Proceedings of the meeting of veterinary officers in India
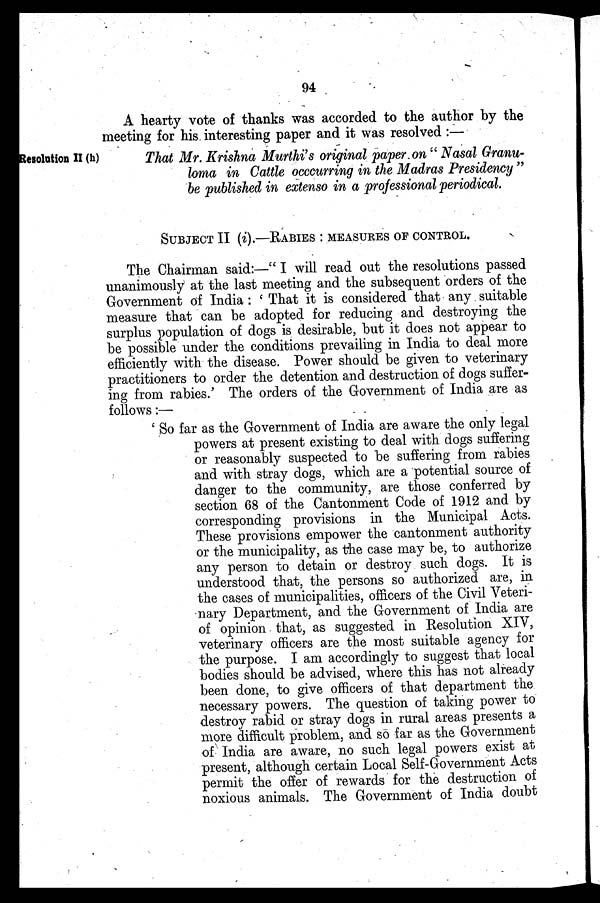
94
A hearty vote of thanks was accorded to the author by the
meeting for his interesting paper and it was resolved :—
Resolution II (h)
That Mr. Krishna Murthi's original paper on " Nasal Granu-
loma in Cattle occcurring in the Madras Presidency "
be published in extenso in a professional periodical.
SUBJECT II (i).-RABIES: MEASURES OF CONTROL.
The Chairman said:—" I will read out the resolutions passed
unanimously at the last meeting and the subsequent orders of the
Government of India : ' That it is considered that any suitable
measure that can be adopted for reducing and destroying the
surplus population of dogs is desirable, but it does not appear to
be possible under the conditions prevailing in India to deal more
efficiently with the disease. Power should be given to veterinary
practitioners to order the detention and destruction of dogs suffer-
ing from rabies.' The orders of the Government of India are as
follows :—
' So far as the Government of India are aware the only legal
powers at present existing to deal with dogs suffering
or reasonably suspected to be suffering from rabies
and with stray dogs, which are a potential source of
danger to the community, are those conferred by
section 68 of the Cantonment Code of 1912 and by
corresponding provisions in the Municipal Acts.
These provisions empower the cantonment authority
or the municipality, as the case may be, to authorize
any person to detain or destroy such dogs. It is
understood that, the persons so authorized are, in
the cases of municipalities, officers of the Civil Veteri-
nary Department, and the Government of India are
of opinion that, as suggested in Resolution XIV,
veterinary officers are the most suitable agency for
the purpose. I am accordingly to suggest that local
bodies should be advised, where this has not already
been done, to give officers of that department the
necessary powers. The question of taking power to
destroy rabid or stray dogs in rural areas presents a
more difficult problem, and so far as the Government
of India are aware, no such legal powers exist at
present, although certain Local Self-Government Acts
permit the offer of rewards for the destruction of
noxious animals. The Government of India doubt